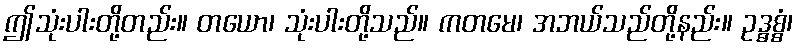
ဤသုံးပါးတို့တည်း။ တယော၊ သုံးပါးတို့သည်။ ကတမေ၊ အဘယ်သည်တို့နည်း။ ဥဒ္ဓစ္စံ၊